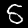
Label: 5